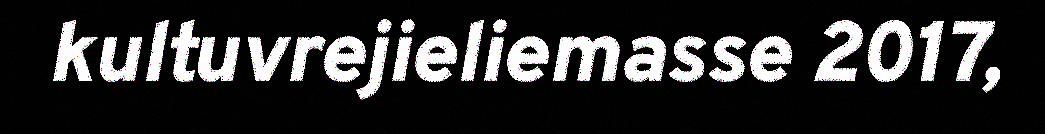
kultuvrejieliemasse 2017,